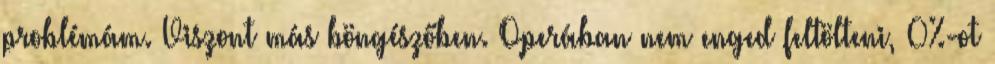
problémám. Viszont más böngészőben. Operában nem enged feltölteni, 0%-ot